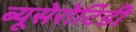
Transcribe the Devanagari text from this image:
ब्यूसेरोटिडी